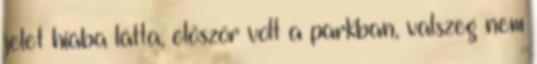
jelet hiába látta, először volt a parkban, valszeg nem